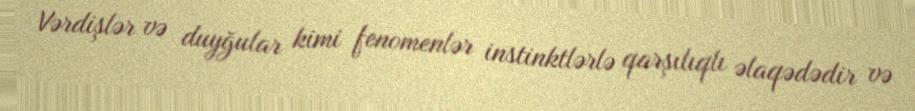
Vərdişlər və duyğular kimi fenomenlər instinktlərlə qarşılıqlı əlaqədədir və